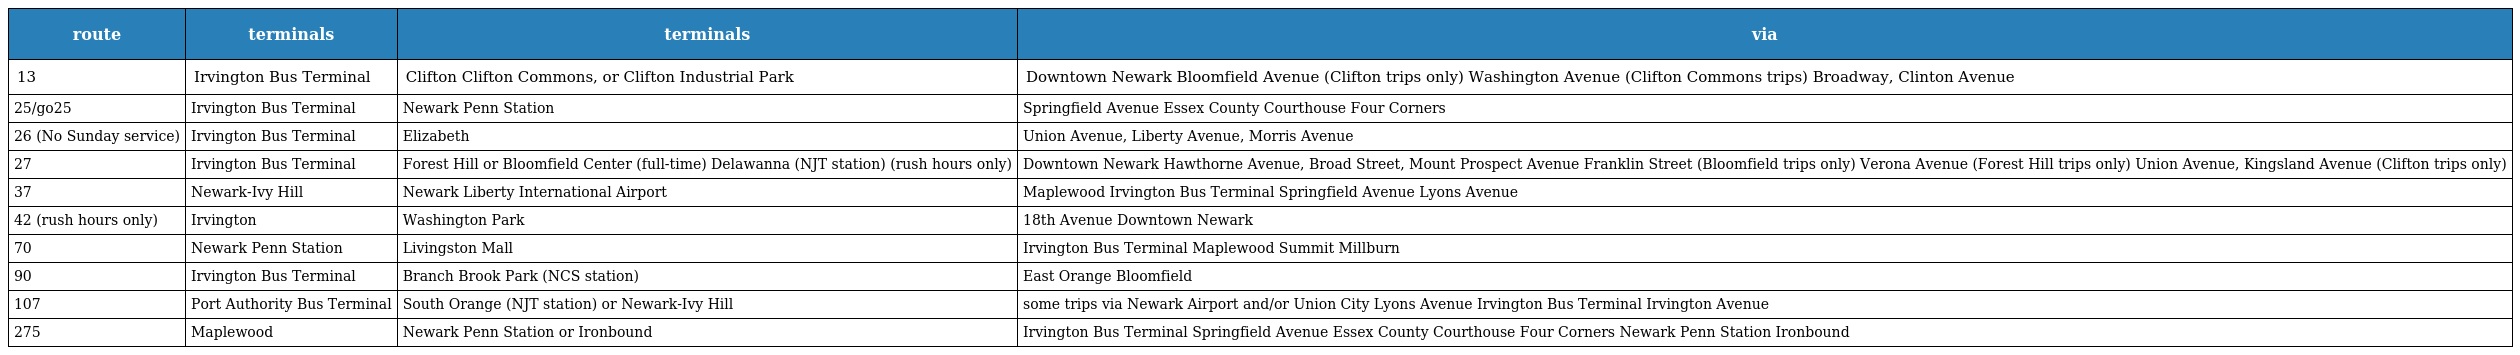
| route | terminals | terminals | via |
 | --- | --- | --- | --- |
 | 13 | Irvington Bus Terminal | Clifton Clifton Commons, or Clifton Industrial Park | Downtown Newark Bloomfield Avenue (Clifton trips only) Washington Avenue (Clifton Commons trips) Broadway, Clinton Avenue |
 | 25/go25 | Irvington Bus Terminal | Newark Penn Station | Springfield Avenue Essex County Courthouse Four Corners |
 | 26 (No Sunday service) | Irvington Bus Terminal | Elizabeth | Union Avenue, Liberty Avenue, Morris Avenue |
 | 27 | Irvington Bus Terminal | Forest Hill or Bloomfield Center (full-time) Delawanna (NJT station) (rush hours only) | Downtown Newark Hawthorne Avenue, Broad Street, Mount Prospect Avenue Franklin Street (Bloomfield trips only) Verona Avenue (Forest Hill trips only) Union Avenue, Kingsland Avenue (Clifton trips only) |
 | 37 | Newark-Ivy Hill | Newark Liberty International Airport | Maplewood Irvington Bus Terminal Springfield Avenue Lyons Avenue |
 | 42 (rush hours only) | Irvington | Washington Park | 18th Avenue Downtown Newark |
 | 70 | Newark Penn Station | Livingston Mall | Irvington Bus Terminal Maplewood Summit Millburn |
 | 90 | Irvington Bus Terminal | Branch Brook Park (NCS station) | East Orange Bloomfield |
 | 107 | Port Authority Bus Terminal | South Orange (NJT station) or Newark-Ivy Hill | some trips via Newark Airport and/or Union City Lyons Avenue Irvington Bus Terminal Irvington Avenue |
 | 275 | Maplewood | Newark Penn Station or Ironbound | Irvington Bus Terminal Springfield Avenue Essex County Courthouse Four Corners Newark Penn Station Ironbound |